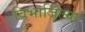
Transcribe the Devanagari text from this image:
विभाजिल्या